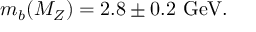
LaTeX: m _ { b } ( M _ { Z } ) = 2 . 8 \pm 0 . 2 \ \mathrm { G e V } .